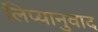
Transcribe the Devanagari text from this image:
लिप्यानुवाद